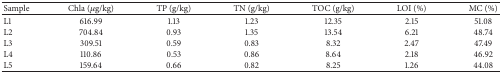
<table><thead><tr><td><b>Sample</b></td><td><b>Chla (<i>μ</i>g/kg)</b></td><td><b>TP (g/kg)</b></td><td><b>TN (g/kg)</b></td><td><b>TOC (g/kg)</b></td><td><b>LOI (%)</b></td><td><b>MC (%)</b></td></tr></thead><tbody><tr><td>L1</td><td>616.99</td><td>1.13</td><td>1.23</td><td>12.35</td><td>2.15</td><td>51.08</td></tr><tr><td>L2</td><td>704.84</td><td>0.93</td><td>1.35</td><td>13.54</td><td>6.21</td><td>48.74</td></tr><tr><td>L3</td><td>309.51</td><td>0.59</td><td>0.83</td><td>8.32</td><td>2.47</td><td>47.49</td></tr><tr><td>L4</td><td>110.86</td><td>0.53</td><td>0.86</td><td>8.64</td><td>2.18</td><td>46.92</td></tr><tr><td>L5</td><td>159.64</td><td>0.66</td><td>0.82</td><td>8.25</td><td>1.26</td><td>44.08</td></tr></tbody></table>